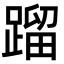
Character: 蹓